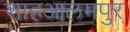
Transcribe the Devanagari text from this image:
शाहआलमपुर